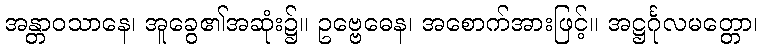
အန္တာဝသာနေ၊ အူခွေ၏အဆုံး၌။ ဥဗ္ဗေဓေန၊ အစောက်အားဖြင့်။ အဋ္ဌင်္ဂုလမတ္တော၊